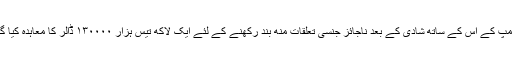
کہ ٹرمپ کے اس کے ساتھ شادی کے بعد ناجائز جنسی تعلقات منھ بند رکھنے کے لئے ایک لاکھ تیس ہزار ۱۳۰۰۰۰ ڈالر کا معاہدہ کیا گیا تھا۔